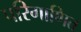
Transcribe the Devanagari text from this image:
परिगाणित